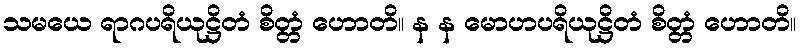
သမယေ ရာဂပရိယုဋ္ဌိတံ စိတ္တံ ဟောတိ။ န န မောဟပရိယုဋ္ဌိတံ စိတ္တံ ဟောတိ။